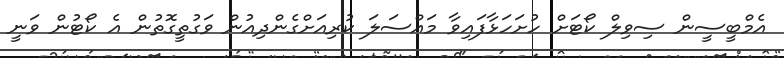
އެމްބީސީން ސިވިލް ކޯޓަށް ހުށަހަޅާފައިވާ މައްސަލަ ކުރިއަށްގެންދިއުން ވަގުތީގޮތުން އެ ކޯޓުން ވަނީ